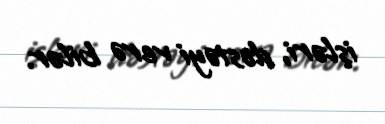
işləri, dəstəyi verə bilər.